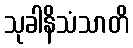
သုခါနိသံသာတိ